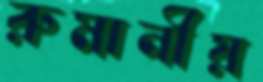
রুমানীয়